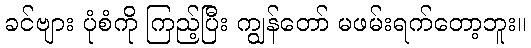
ခင်ဗျား ပုံစံကို ကြည့်ပြီး ကျွန်တော် မဖမ်းရက်တော့ဘူး။